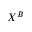
X ^ { B }